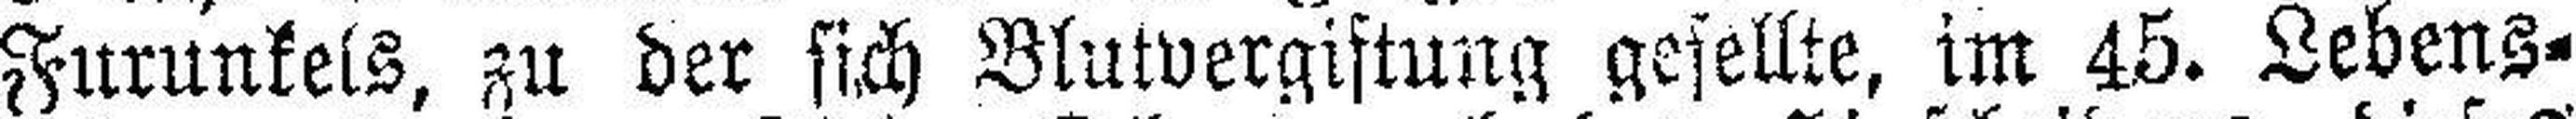
Furunkels, zu der sich Blutvergiftung gesellte, im 45. Lebens¬